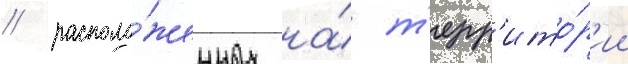
/ располо́женных на́ т'ерр'ито́р'ии